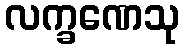
လက္ခဏေသု